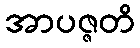
အာပဇ္ဇတိ